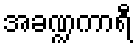
အခဏ္ဍကာရီ